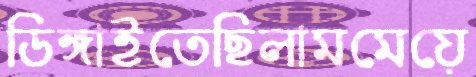
ডিঙ্গাইতেছিলামমেয়ে